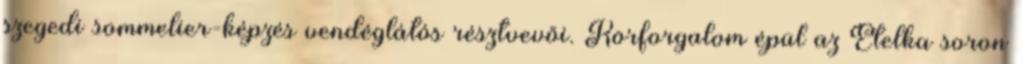
szegedi sommelier-képzés vendéglátós résztvevői. Körforgalom épül az Etelka soron